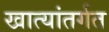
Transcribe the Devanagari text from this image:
खात्यांतर्गत